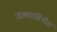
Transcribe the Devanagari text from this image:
जलवाहिनीत